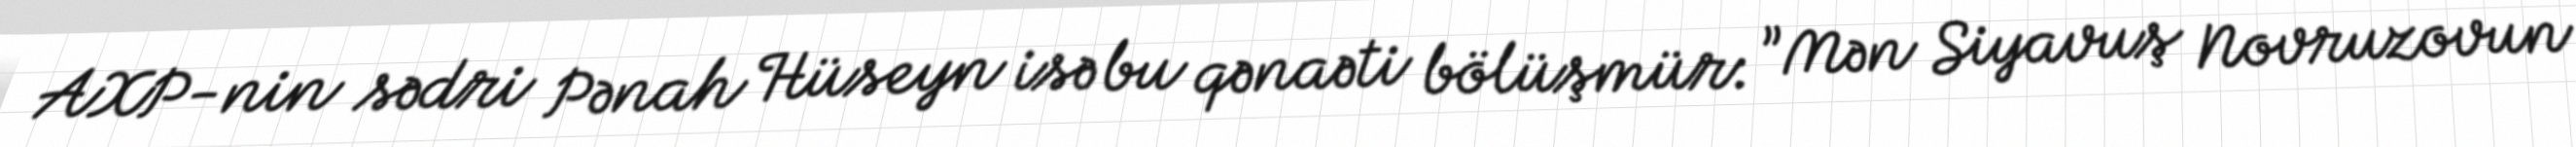
AXP-nin sədri Pənah Hüseyn isə bu qənaəti bölüşmür: ”Mən Siyavuş Novruzovun